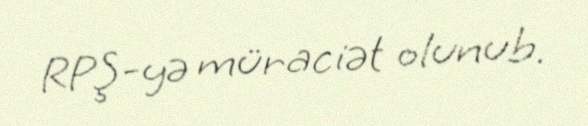
RPŞ-yə müraciət olunub.